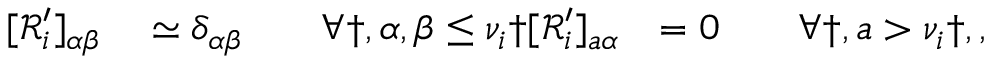
\begin{array} { r l r } { [ \mathcal { R } _ { i } ^ { \prime } ] _ { \alpha \beta } } & { { } \simeq \delta _ { \alpha \beta } \qquad \forall \dag , \alpha , \beta \leq \nu _ { i } \dag [ \mathcal { R } _ { i } ^ { \prime } ] _ { a \alpha } } & { = 0 \qquad \forall \dag , a > \nu _ { i } \dag , , } \end{array}